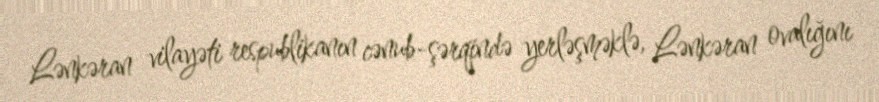
Lənkəran vilayəti respublikanın cənub-şərqində yerləşməklə, Lənkəran ovalığını